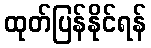
ထုတ်ပြန်နိုင်ရန်